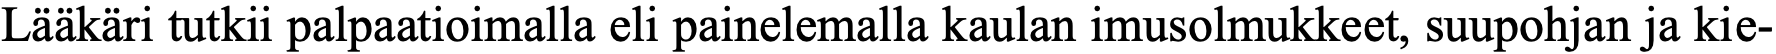
Lääkäri tutkii palpaatioimalla eli painelemalla kaulan imusolmukkeet, suupohjan ja kie-